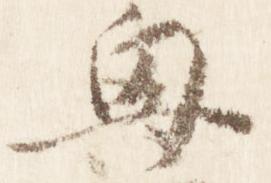
興